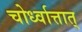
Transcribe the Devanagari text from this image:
चोर्ध्वात्तात्